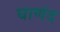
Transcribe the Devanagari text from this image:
घाणंद